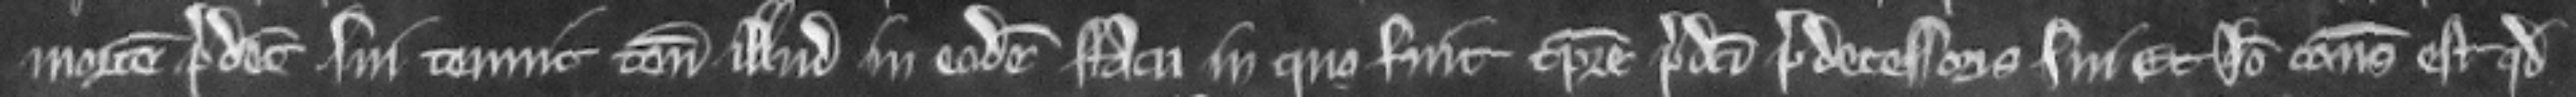
mortem predecessoris sui tenuit tenementum illud in eodem statu in quo fuit tempore predicti predecessoris sui Et ideo consideratum est quod